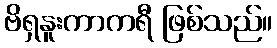
ဗိရှနူးကာကရီ ဖြစ်သည်။